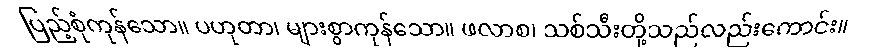
ပြည့်စုံကုန်သော။ ပဟုတာ၊ များစွာကုန်သော။ ဖလာစ၊ သစ်သီးတို့သည်လည်းကောင်း။